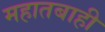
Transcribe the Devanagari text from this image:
महातबाही